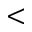
<